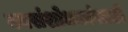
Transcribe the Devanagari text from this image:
नवसंशोधकांसाठी